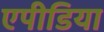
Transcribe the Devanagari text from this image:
एपीडिया